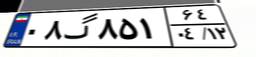
۴۹گ۴۱۹۸۸